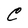
Character: C